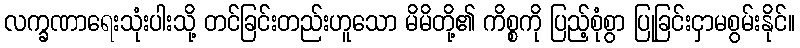
လက္ခဏာရေးသုံးပါးသို့ တင်ခြင်းတည်းဟူသော မိမိတို့၏ ကိစ္စကို ပြည့်စုံစွာ ပြုခြင်းငှာမစွမ်းနိုင်။